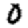
Digit: 0